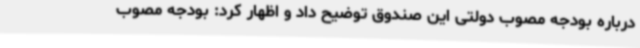
درباره بودجه مصوب دولتی این صندوق توضیح داد و اظهار کرد: بودجه مصوب